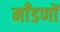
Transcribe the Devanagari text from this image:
माँडणों